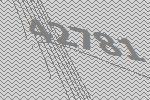
42781